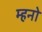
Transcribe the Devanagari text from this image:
म्हनो